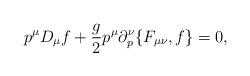
LaTeX: \begin{align*}p^\mu D_\mu f+{g\over 2}p^\mu\partial^\nu_p\{F_{\mu\nu},f\}=0,\end{align*}